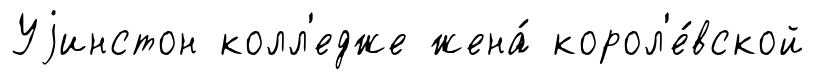
Уjинстон колл'едже жена́ корол'е́вской